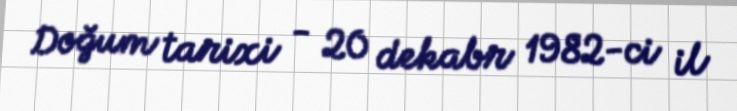
Doğum tarixi - 20 dekabr 1982-ci il